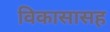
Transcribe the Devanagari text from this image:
विकासासह